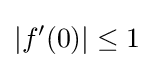
|f'(0)|\leq 1